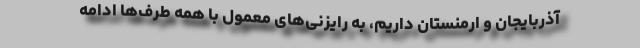
آذربایجان و ارمنستان داریم، به رایزنی‌های معمول با همه طرف‌ها ادامه